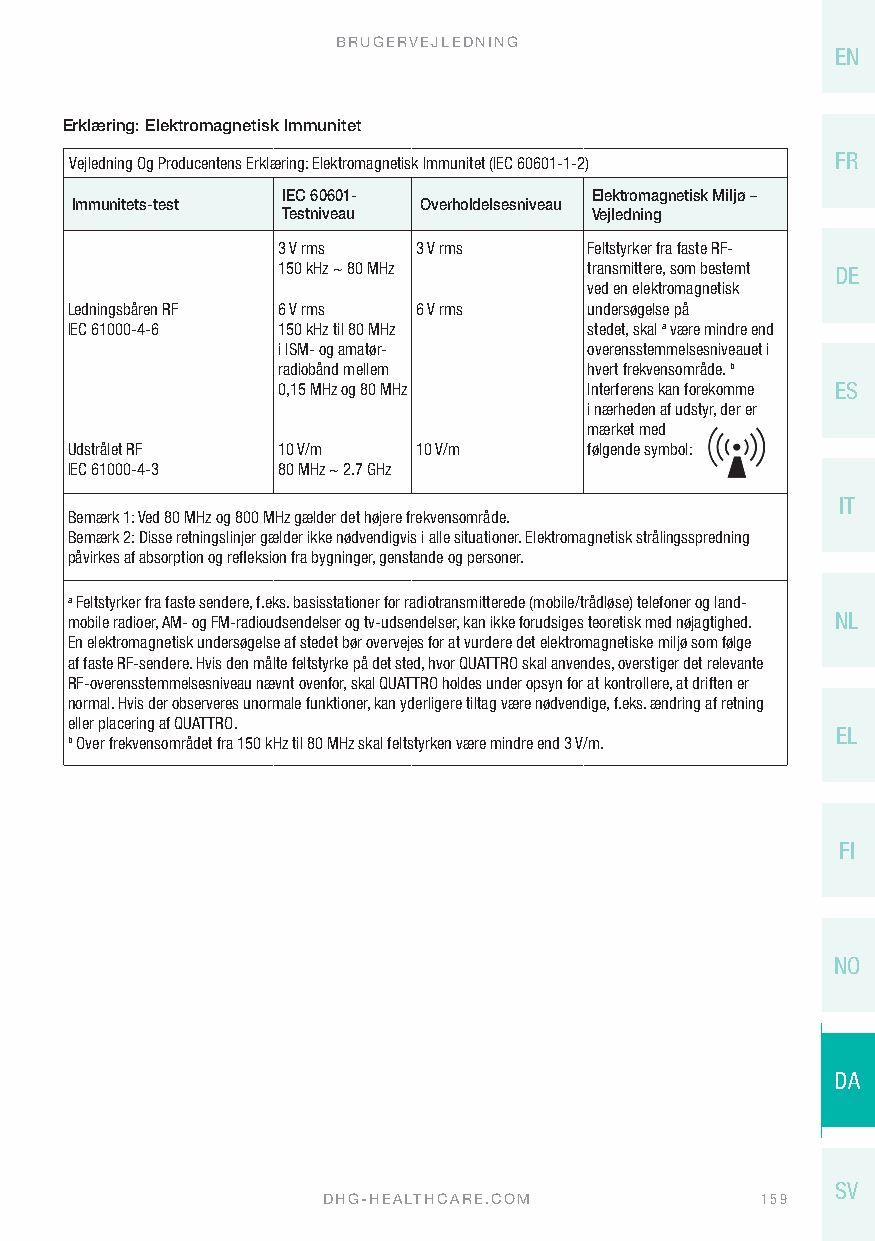
BRUGERVEJLEDNING
 EN
 Erklæring: Elektromagnetisk Immunitet
 Vejledning Og Producentens Erklæring: Elektromagnetisk Immunitet (IEC 60601-1-2) FR
 IEC 60601-          Elektromagnetisk Miljø –
 Immunitets-test        Overholdelsesniveau
 Testniveau          Vejledning
 3 V rms   3 V rms    Feltstyrker fra faste RF-
 150 kHz ~ 80 MHz     transmittere, som bestemt DE
 ved en elektromagnetisk
 Ledningsbåren RF 6 V rms 6 V rms   undersøgelse på
 IEC 61000-4-6 150 kHz til 80 MHz   stedet, skal a være mindre end
 i ISM- og amatør-    overensstemmelsesniveauet i
 radiobånd mellem     hvert frekvensområde. b
 0,15 MHz og 80 MHz   Interferens kan forekomme ES
 i nærheden af udstyr, der er
 mærket med
 Udstrålet RF  10 V/m    10 V/m     følgende symbol:
 IEC 61000-4-3 80 MHz ~ 2.7 GHz
 IT
 Bemærk 1: Ved 80 MHz og 800 MHz gælder det højere frekvensområde.
 Bemærk 2: Disse retningslinjer gælder ikke nødvendigvis i alle situationer. Elektromagnetisk strålingsspredning
 påvirkes af absorption og refleksion fra bygninger, genstande og personer.
 a Feltstyrker fra faste sendere, f.eks. basisstationer for radiotransmitterede (mobile/trådløse) telefoner og land-
 mobile radioer, AM- og FM-radioudsendelser og tv-udsendelser, kan ikke forudsiges teoretisk med nøjagtighed. NL
 En elektromagnetisk undersøgelse af stedet bør overvejes for at vurdere det elektromagnetiske miljø som følge
 af faste RF-sendere. Hvis den målte feltstyrke på det sted, hvor QUATTRO skal anvendes, overstiger det relevante
 RF-overensstemmelsesniveau nævnt ovenfor, skal QUATTRO holdes under opsyn for at kontrollere, at driften er
 normal. Hvis der observeres unormale funktioner, kan yderligere tiltag være nødvendige, f.eks. ændring af retning
 eller placering af QUATTRO.
 EL
 b Over frekvensområdet fra 150 kHz til 80 MHz skal feltstyrken være mindre end 3 V/m.
 FI
 NO
 DA
 SV
 DHG-HEALTHCARE.COM           159